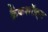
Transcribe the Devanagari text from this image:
क्रैंकशॉफ़्ट